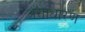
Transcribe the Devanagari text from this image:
अंसाधारण